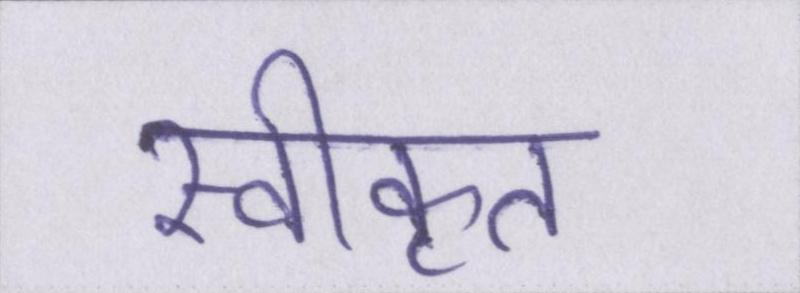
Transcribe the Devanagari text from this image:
स्वीकृत